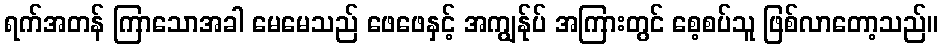
ရက်အတန် ကြာသောအခါ မေမေသည် ဖေဖေနှင့် အကျွန်ုပ် အကြားတွင် စေ့စပ်သူ ဖြစ်လာတော့သည်။